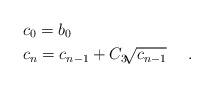
LaTeX: \begin{align*}&c_{0}=b_{0}\\&c_{n}=c_{n-1}+C_{3} \sqrt[]{c_{n-1}}\ \ \ \ .\end{align*}